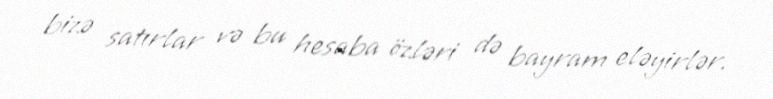
bizə satırlar və bu hesaba özləri də bayram eləyirlər.